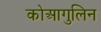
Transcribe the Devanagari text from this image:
कोआगुलिन